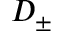
D _ { \pm }